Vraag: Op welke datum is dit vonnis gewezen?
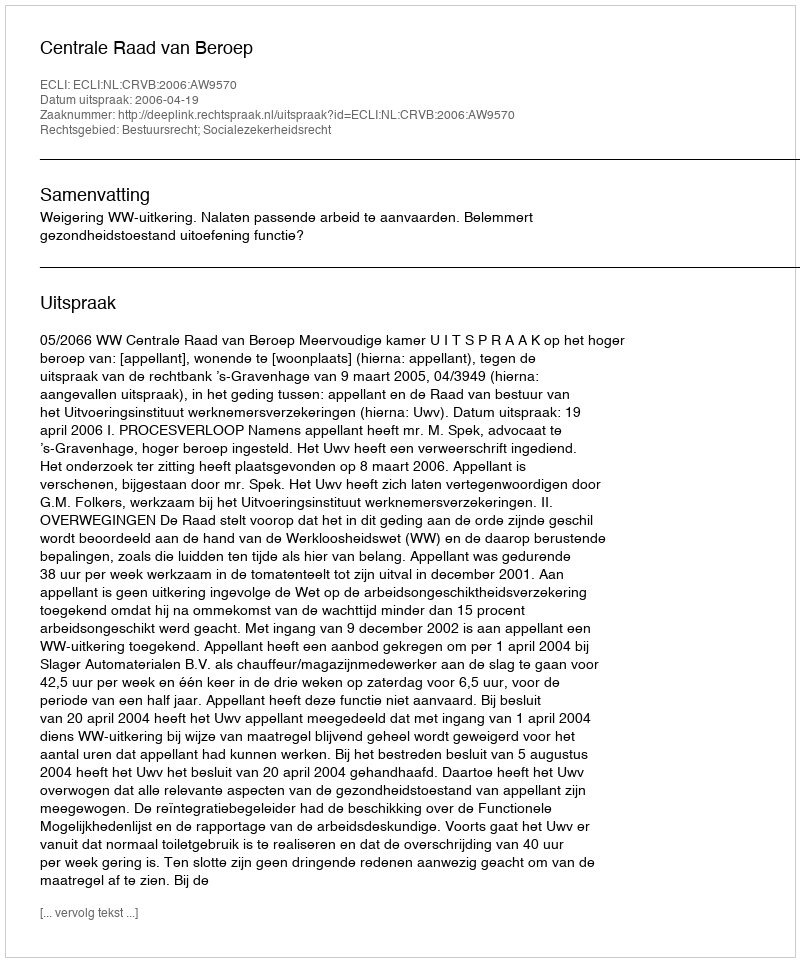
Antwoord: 2006-04-19